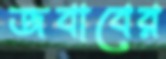
জবাবের